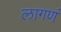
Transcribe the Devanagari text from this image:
लागणं